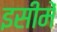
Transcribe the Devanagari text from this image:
इसीमें